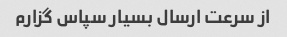
از سرعت ارسال بسیار سپاس گزارم